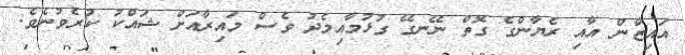
އައިޒާން އާއި ރެޔާންގެ ގޮތް ނޭނގޭ ގުޅުމާއިމެދު ވެސް މައިރާއަށް ޝައްކު ކުރެވުނެވެ.